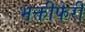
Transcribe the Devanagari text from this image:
भक्तीफेरी